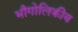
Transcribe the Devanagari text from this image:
भौगोलिकीय